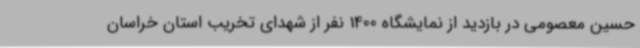
حسین معصومی در بازدید از نمایشگاه 1400 نفر از شهدای تخریب استان خراسان